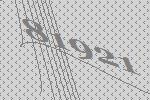
81921